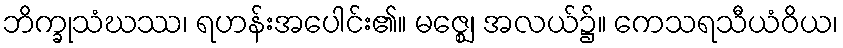
ဘိက္ခုသံဃဿ၊ ရဟန်းအပေါင်း၏။ မဇ္ဈေ၊ အလယ်၌။ ကေသရသီယံဝိယ၊